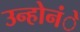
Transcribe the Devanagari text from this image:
उन्होनंे